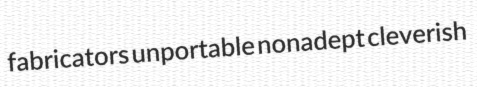
fabricators unportable nonadept cleverish